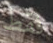
فقط